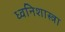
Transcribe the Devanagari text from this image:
ध्वनिशास्त्रा